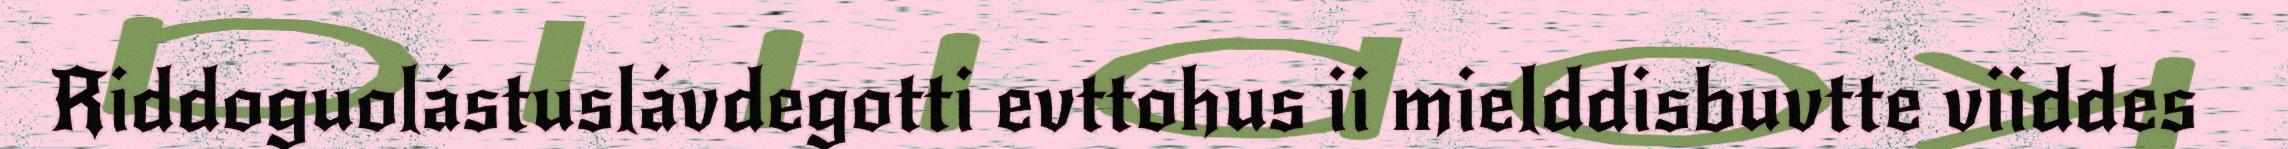
Riddoguolástuslávdegotti evttohus ii mielddisbuvtte viiddes